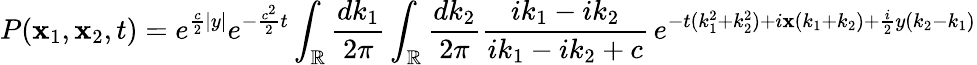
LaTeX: P(\mathbf{x}_{1},\mathbf{x}_{2},t)=e^{\frac{{c}}{{2}}|y|}e^{-\frac{{c^{2}}}{{2}}t}\int_{\mathbb{{R}}}\frac{{dk_{1}}}{{2\pi}}\int_{\mathbb{{R}}}\frac{{dk_{2}}}{{2\pi}}\frac{{ik_{1}-ik_{2}}}{{ik_{1}-ik_{2}+c}}\, e^{-t(k_{1}^{2}+k_{2}^{2})+i\mathbf{x}(k_{1}+k_{2})+\frac{{i}}{{2}}y(k_{2}-k_{1})}